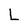
Character: L